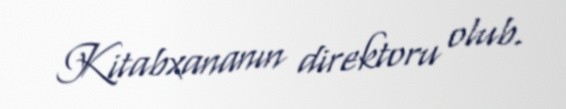
Kitabxananın direktoru olub.